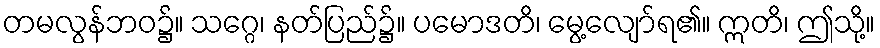
တမလွန်ဘဝ၌။ သဂ္ဂေ၊ နတ်ပြည်၌။ ပမောဒတိ၊ မွေ့လျော်ရ၏။ ဣတိ၊ ဤသို့။